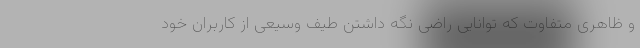
و ظاهری متفاوت که توانایی راضی نگه داشتن طیف وسیعی از کاربران خود